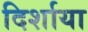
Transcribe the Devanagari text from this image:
दिर्शाया